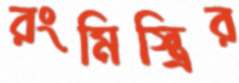
রংমিস্ত্রির